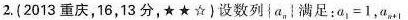
2.(2013重庆，16，13分，★★☆)设数列{a，|满足：a1=1，a_{n+1}